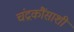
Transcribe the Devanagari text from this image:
चंद्रकौंसाशी